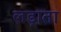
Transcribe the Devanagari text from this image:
लड़ाता